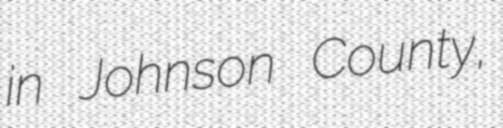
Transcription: in Johnson County,